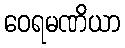
ဝေရမဏိယာ